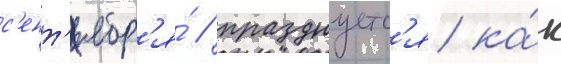
с'ент'ябр'я́ / празднуетс'я ка́к